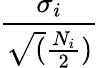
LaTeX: \frac{\sigma_{i}}{\sqrt(\frac{N_{i}}{2})}